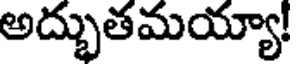
అద్భుతమయ్యా!